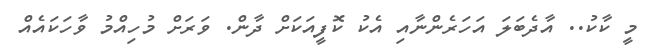
މީ ކާކު.. އާދެބަލަ އަހަރެންނާއި އެކު ކޮފީއަކަށް ދާން. ވަރަށް މުހިއްމު ވާހަކައެއް